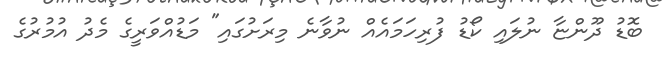
ބޮޑު ދޫންޏާ ނުލައި ކޯޑު ފުރިހަމައެއް ނުވާނެ މިރަށުގައި" މަޑުއްވަރީގެ މެދު އުމުރުގެ